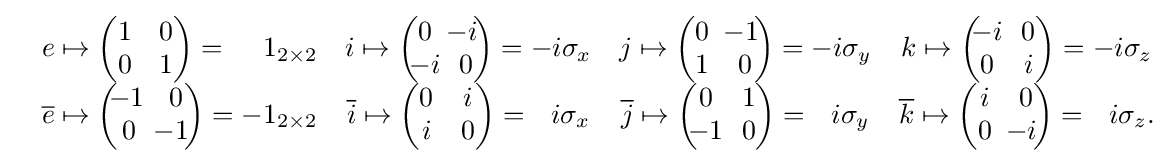
{\begin{matrix}&e\mapsto {\begin{pmatrix}1&0\\0&1\end{pmatrix}}=\quad \,1_{2\times 2}&i\mapsto {\begin{pmatrix}0&\!\!\!-i\!\\\!\!-i\!\!&0\end{pmatrix}}=-i\sigma _{x}&j\mapsto {\begin{pmatrix}0&\!\!\!-1\!\\1&0\end{pmatrix}}=-i\sigma _{y}&k\mapsto {\begin{pmatrix}\!\!-i\!\!&0\\0&i\end{pmatrix}}=-i\sigma _{z}\\&{\overline {e}}\mapsto {\begin{pmatrix}\!\!-1\!&0\\0&\!\!\!-1\!\end{pmatrix}}=-1_{2\times 2}&{\overline {i}}\mapsto {\begin{pmatrix}0&i\\i&0\end{pmatrix}}=\,\,\,\,i\sigma _{x}&{\overline {j}}\mapsto {\begin{pmatrix}0&1\\\!\!-1\!\!&0\end{pmatrix}}=\,\,\,\,i\sigma _{y}&{\overline {k}}\mapsto {\begin{pmatrix}i&0\\0&\!\!\!-i\!\end{pmatrix}}=\,\,\,\,i\sigma _{z}.\end{matrix}}